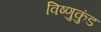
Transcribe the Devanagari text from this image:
विष्णुकुंड